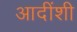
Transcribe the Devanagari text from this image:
आदींशी